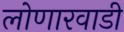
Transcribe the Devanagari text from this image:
लोणारवाडी